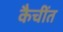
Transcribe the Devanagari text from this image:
कैचींत